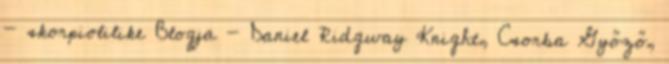
- skorpiolilike Blogja - Daniel Ridgway Knight, Csorba Győző,